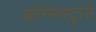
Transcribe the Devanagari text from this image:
क्रोनेनस्ट्रासे